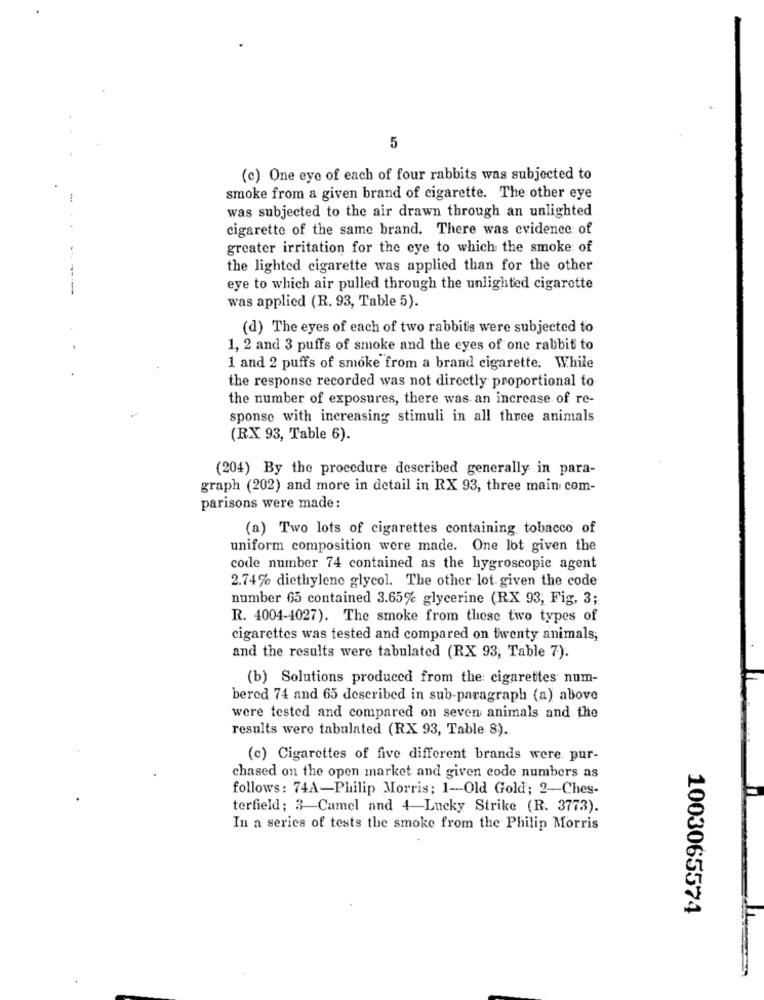
5
(e) One eye of each of four rabbits was subjected to
smoke from a given brand of cigarette. The other eye
was subjected to the air drawn through an unlighted
cigarette of the same brand. There was evidence of
greater irritation for the eye to which the smoke of
the lighted cigarette was applied than for the other
--
eye to which air pulled through the unlighted cigarette
was applied (R. 93, Table 5).
(d) The eyes of each of two rabbits were subjected to
1, 2 and 3 puffs of smoke and the eyes of one rabbit to
1 and 2 puffs of smoke from a brand cigarette. While
the response recorded was not directly proportional to
the number of exposures, there was an increase of re-
sponse with increasing stimuli in all three animals
(RX 93, Table 6).
(204) By the procedure described generally in para-
graph (202) and more in detail in RX 93, three main com-
parisons were made:
(a) Two lots of cigarettes containing, tobacco of
uniform composition were made. One lot given the
code number 74 contained as the hygroscopic agent
2.74% diethylene glycol. The other lot given the code
number 65 contained 3.65% glycerine (RX 93, Fig. 3;
R. 4004-4027). The smoke from these two types of
cigarettes was tested and compared on twenty animals;
and the results were tabulated (RX 93, Table 7).
(b) Solutions produced from the cigarettes num-
bered 74 and 65 described in sub-paragraph (a) above
were tested and compared on seven animals and the
results were tabulated (RX 93, Table 8).
(c) Cigarettes of five different brands were pur-
chased on the open market and given code numbers as
follows : 74A-Philip Morris; 1-Old Gold; 2-Ches-
terfield; 3-Camel and 4-Lucky Strike (R. 3773).
In a series of tests the smoke from the Philip Morris
1003065574